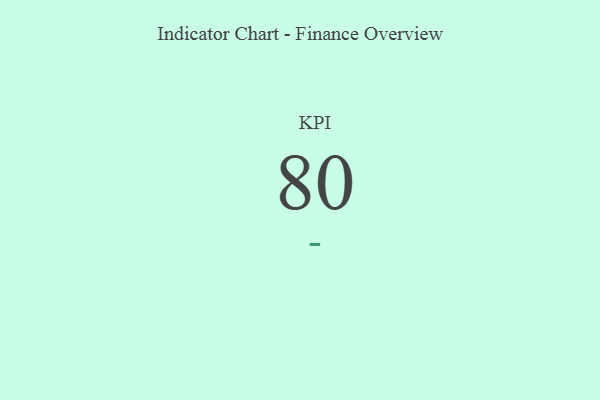
{"axis": {"x": "KPI", "y": "Value"}, "legend": [""], "data": [{"x": "KPI", "y": 80, "type": ""}]}